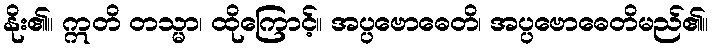
နိုး၏။ ဣတိ တသ္မာ၊ ထိုကြောင့်။ အပ္ပဗောဓေတိ၊ အပ္ပဗောဓေတိမည်၏။